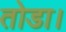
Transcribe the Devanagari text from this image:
तोडा।